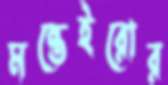
মন্তেইরোর